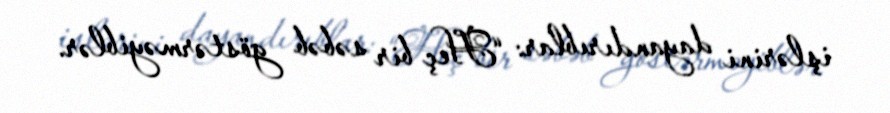
işlərini dayandırıblar: “Heç bir səbəb göstərməyiblər.